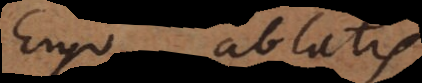
Ergo ablatis